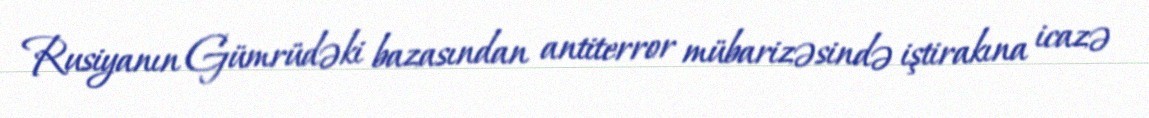
Rusiyanın Gümrüdəki bazasından antiterror mübarizəsində iştirakına icazə